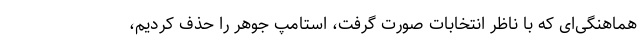
هماهنگی‌ای که با ناظر انتخابات صورت گرفت، استامپ جوهر را حذف کردیم،